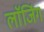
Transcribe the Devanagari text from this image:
लाॅजिंग